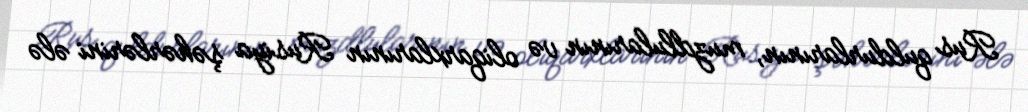
Rus quldurlarının, muzdlularının və oliqarxlarının Rusiya şəhərlərini ələ